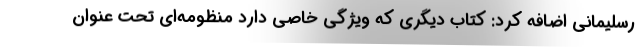
رسلیمانی اضافه کرد: کتاب دیگری که ویژگی خاصی دارد منظومه‌ای تحت عنوان